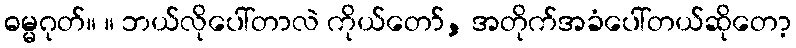
ဓမ္မဂုတ်။ ။ ဘယ်လိုပေါ်တာလဲ ကိုယ်တော်, အတိုက်အခံပေါ်တယ်ဆိုတော့